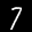
Label: 7